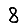
Digit: 8